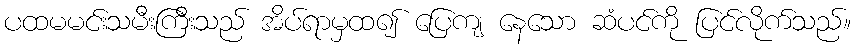
ပထမမင်းသမီးကြီးသည် အိပ်ရာမှထ၍ ပြေကျ နေသော ဆံပင်ကို ပြင်လိုက်သည်။